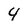
Character: 4